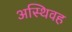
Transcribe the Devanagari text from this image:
अस्थिवह